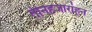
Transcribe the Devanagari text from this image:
तीनहजारांहून